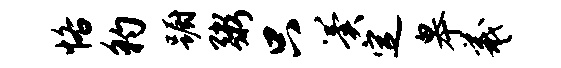
恪豹蹰粥只翼定皋羲